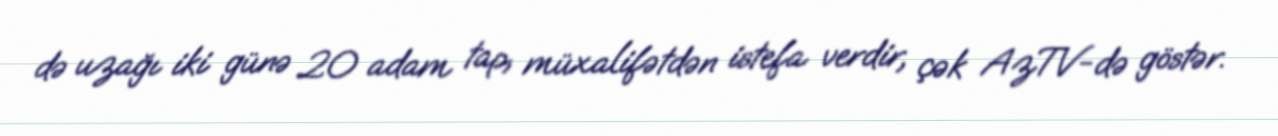
də uzağı iki günə 20 adam tap, müxalifətdən istefa verdir, çək AzTV-də göstər.